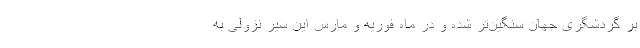
بر گردشگری جهان سنگین‌تر شده و در ماه فوریه و مارس این سیر نزولی به